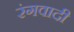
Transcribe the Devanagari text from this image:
रंगवादी